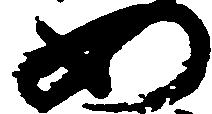
如